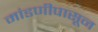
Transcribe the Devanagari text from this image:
मांडणीपासून